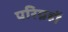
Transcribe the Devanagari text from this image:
परिग्रहों